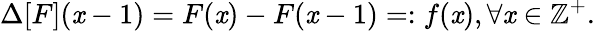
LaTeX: \Delta[F](\mathit{x}-1)=F(\mathit{x})-F(\mathit{x}-1)=:f(\mathit{x}),\forall\mathit{x}\in\mathbb{{Z}}^{+}.